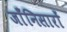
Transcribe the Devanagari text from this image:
जाँनिसारों